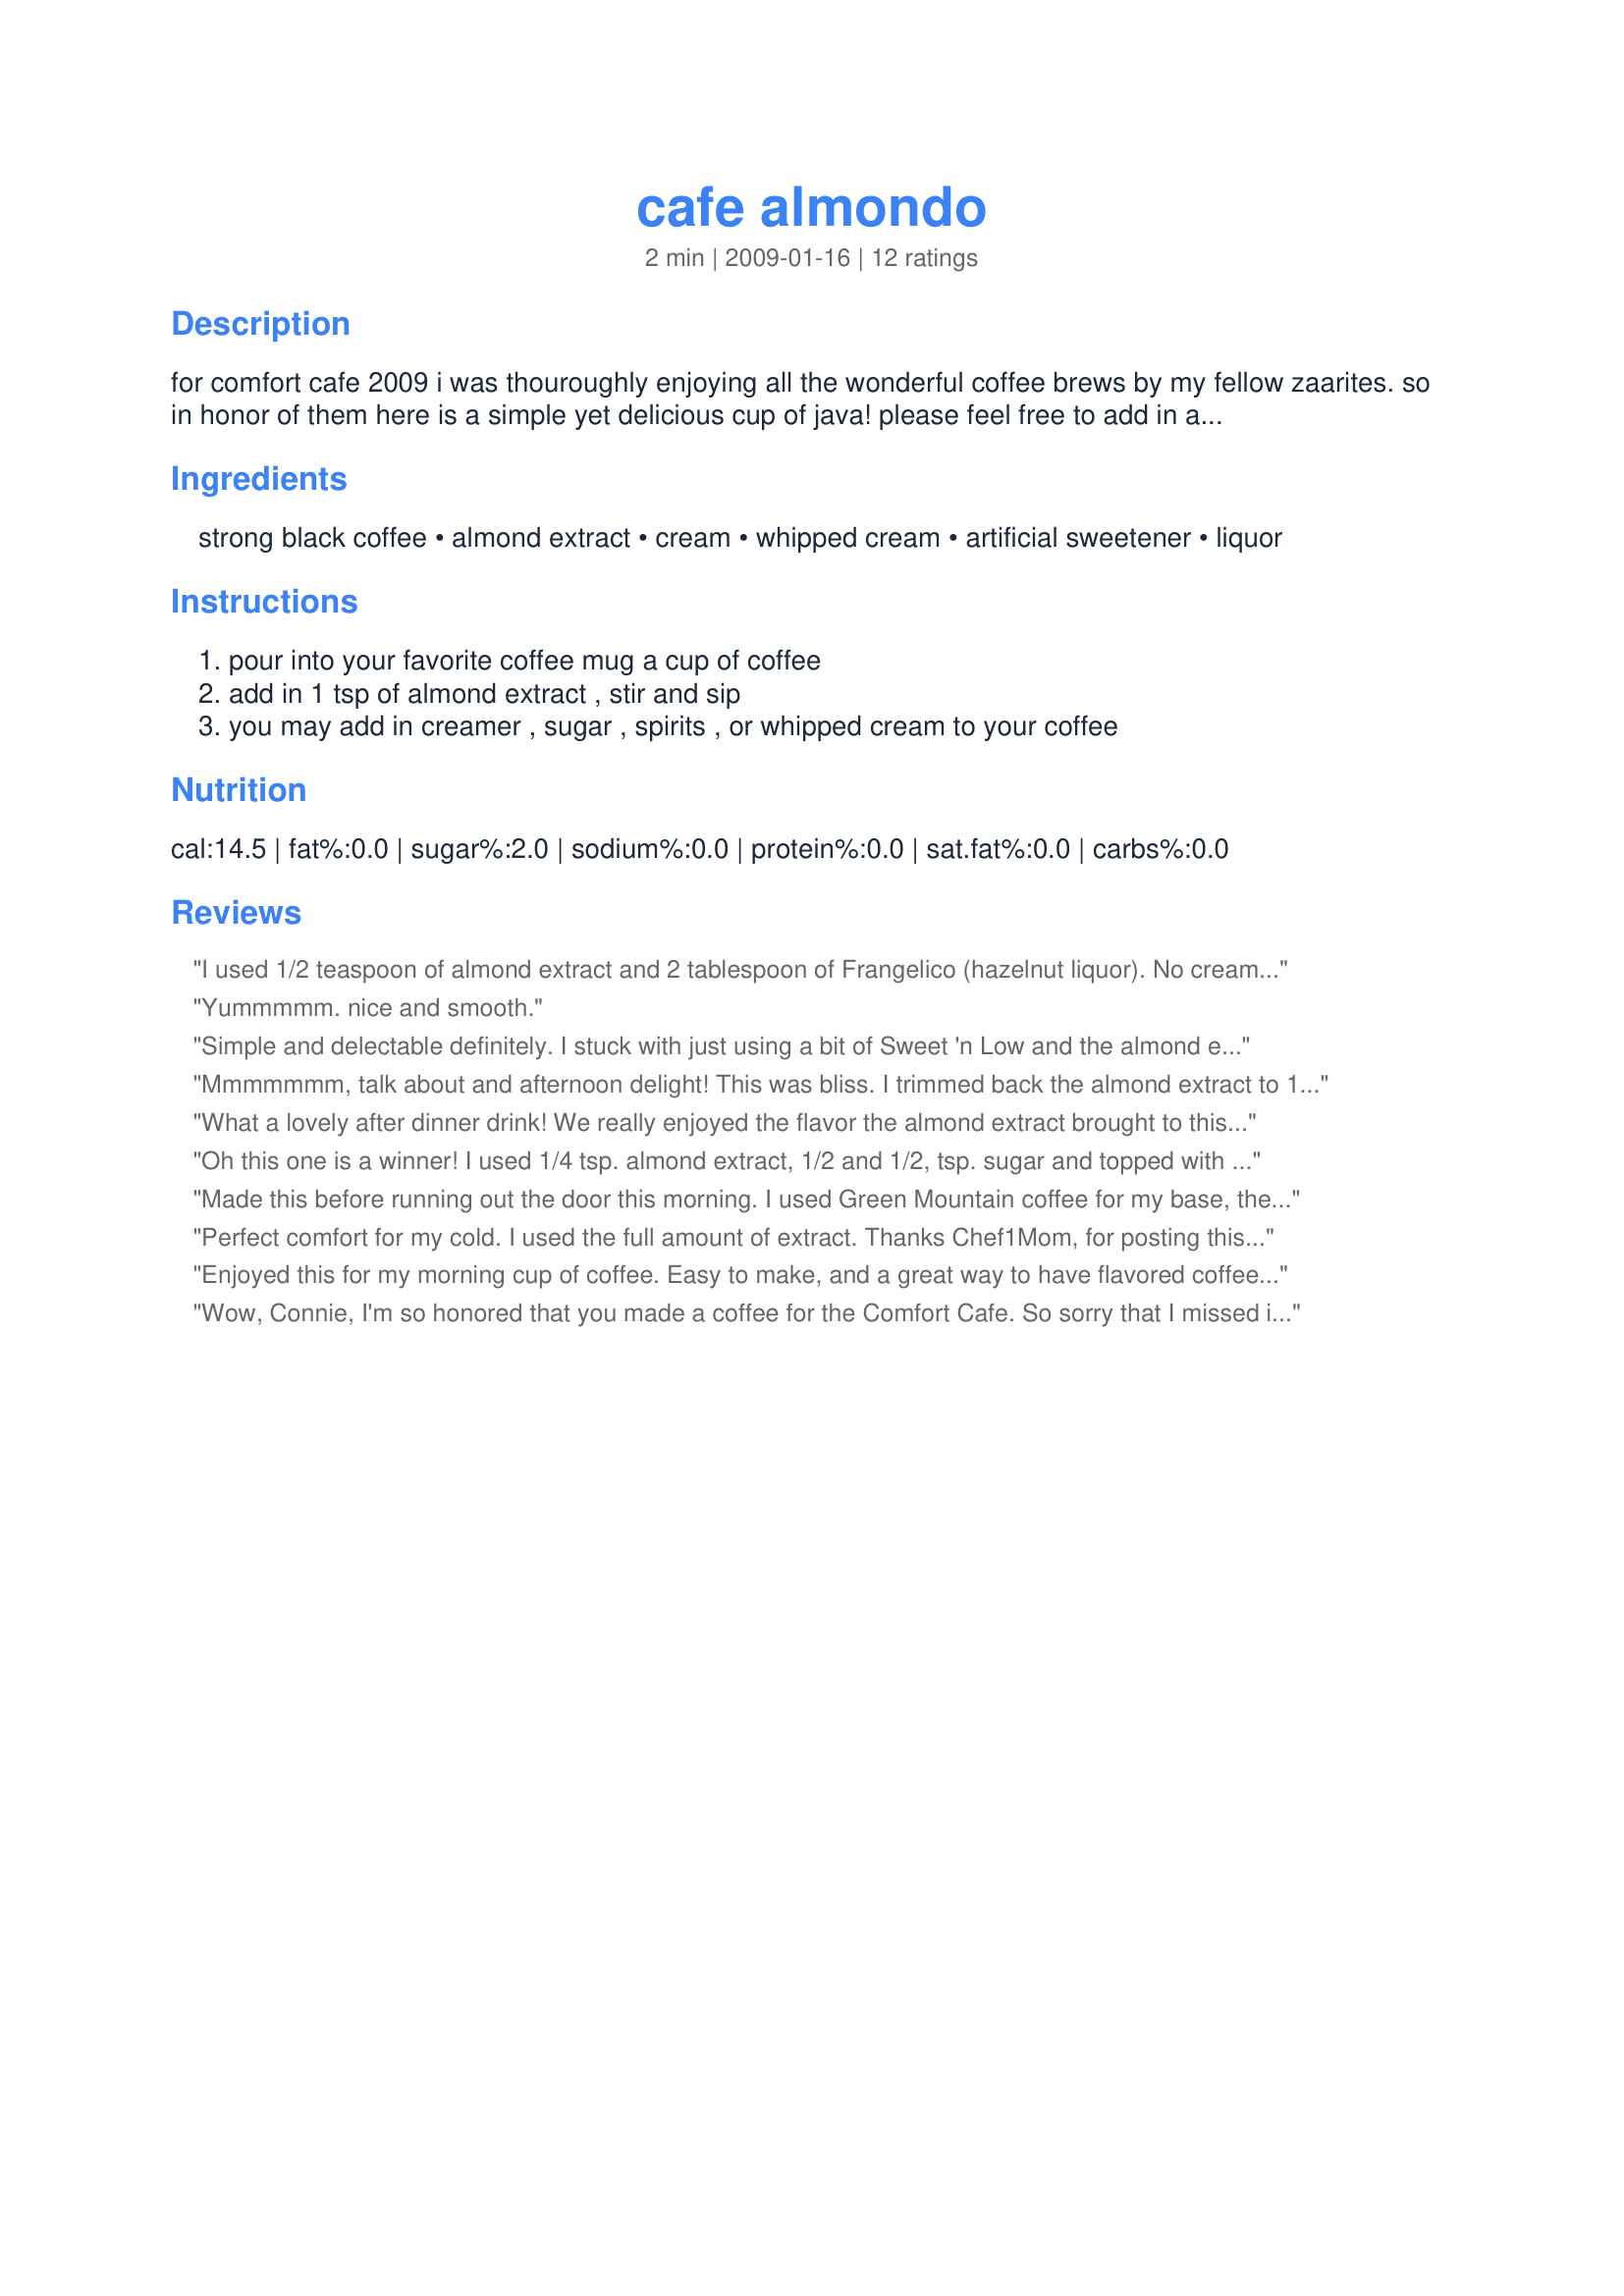
cafe almondo
Preparation time: 2 minutes

for comfort cafe 2009 i was thouroughly enjoying all the wonderful coffee brews by my fellow zaarites. so in honor of them here is a simple yet delicious cup of java! please feel free to add in any accoutrements you would like. i like cream and a tinge of sweetner in my cafe.
no cooking time as the coffee is already done or made instant.

Ingredients:
strong black coffee, almond extract, cream, whipped cream, artificial sweetener, liquor

Steps:
pour into your favorite coffee mug a cup of coffee, add in 1 tsp of almond extract , stir and sip, you may add in creamer , sugar , spirits , or whipped cream to your coffee

Reviews:
I used 1/2 teaspoon of almond extract and 2 tablespoon of Frangelico (hazelnut liquor). No cream and sugar. But I used whipped cream on top. Thanks Chef1Mom. Made for Bevy tag.
Yummmmm. nice and smooth.
Simple and delectable definitely. I stuck with just using a bit of Sweet 'n Low and the almond extract and skipped on the creams as I am a black coffee drinker for the most part. Enjoyed a cup while relaxing on the deck this morning. The almond extract adds a nice background flavor to the coffee without adding sugary sweetness like you would get with a flavored syrup which is a huge bonus. Thanks for sharing during ZWT7.
Mmmmmmm, talk about and afternoon delight! This was bliss. I trimmed back the almond extract to 1/3 tsp, added a tsp of fat free coffee cream, a little Splenda and 3/4 ounce of Mozart Black liqueur with chocolate whipped cream. What a dream, it's warm, smooth and a little sultry.
What a lovely after dinner drink! We really enjoyed the flavor the almond extract brought to this yummy drink, made using Kahlua and half & half. Thanks for the post
Oh this one is a winner! I used 1/4 tsp. almond extract, 1/2 and 1/2, tsp. sugar and topped with whipped cream. What a treat! I love almond extract and will use this recipe when I want a special after dinner "drink" no alcohol necessary!
Made this before running out the door this morning. I used Green Mountain coffee for my base, the full tsp. of almond extract, a little 1/2 n' 1/2 and a slight dusting of roasted ground cinnamon. I omitted the sugar as I do not care for it in my coffee. I love the fact that I can now enjoy a flavored coffee without breaking the bank. Will definitely be making this quick and simple recipe often. Thanks for sharing your recipe Connie. Made and reviewed for the May 2011 AUS/NZ Recipe Swap.
Perfect comfort for my cold. I used the full amount of extract. Thanks Chef1Mom, for posting this simple way to jazz up coffee.
Roxygirl
Enjoyed this for my morning cup of coffee. Easy to make, and a great way to have flavored coffee at home. Used 1/2 tsp of almond extract, 1 packet of Sweet and Low and whip cream. Thank You. Made for ZWT7~Emerald City Shakers.
Wow, Connie, I'm so honored that you made a coffee for the Comfort Cafe. So sorry that I missed it, but I got it now. It was definitely worth waiting for. This is a lovely smooth coffee with great depth. I used French Roast coffee, and amarula for my spirit. I garnished this tasty treat with whipped cream and more amarula. Thank you so much for sharing. Into my keeper box this goes. Made for ZWT7
I made using 1/2 teaspoon almond extract 1 teaspoon sugar and skipped the booze. Thanks for the pick me up! Made for Comfort cafe! ;)
Really liked the simplicity of this recipe! I love the taste of almond extract, although the one I use has a sunflower oil base, so I just skimmed the droplets of oil off the top! I added bourbon as the liquor and thoroughly enjoyed it!
